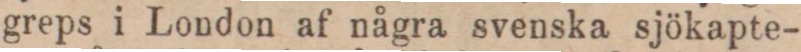
greps i London af några svenska sjökapte-